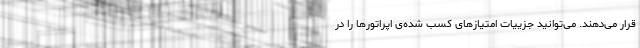
قرار می‌دهند. می‌توانید جزییات امتیازهای کسب شده‌ی اپراتورها را در